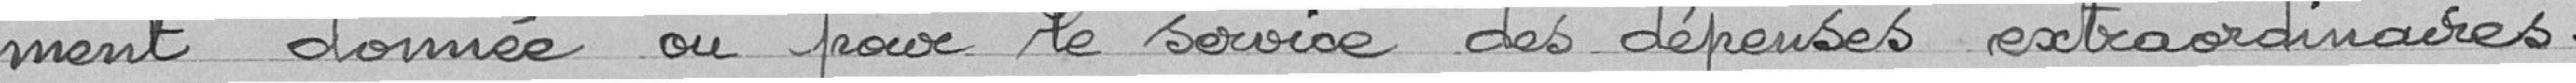
ment donnée ou pour le service des dépenses extraordinaires.